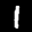
Label: 1